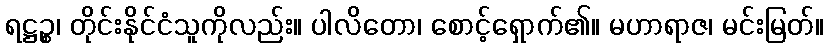
ရဋ္ဌဉ္စ၊ တိုင်းနိုင်ငံသူကိုလည်း။ ပါလိတော၊ စောင့်ရှောက်၏။ မဟာရာဇ၊ မင်းမြတ်။